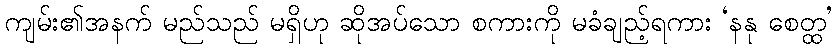
ကျမ်း၏အနက် မည်သည် မရှိဟု ဆိုအပ်သော စကားကို မခံချည့်ရကား ‘နနု စေတ္ထ’